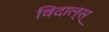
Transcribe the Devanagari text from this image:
विदाल्स्